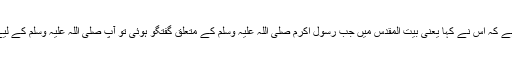
اسی طرح اِس روایت میں آتا ہے کہ اِس نے کہا یعنی بیت المقدس میں جب رسول اکرم صلی اللہ علیہ وسلم کے متعلق گفتگو ہوئی تو آپ صلی اللہ علیہ وسلم کے لیے (ھذا )کا لفظ استعمال کیاگیا۔